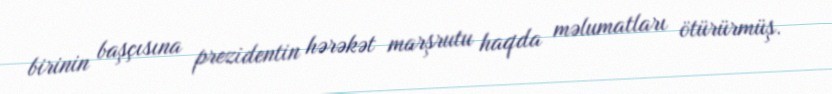
birinin başçısına prezidentin hərəkət marşrutu haqda məlumatları ötürürmüş.